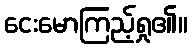
ငေးမောကြည့်ရှု၏။